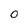
Character: O